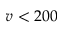
v < 2 0 0